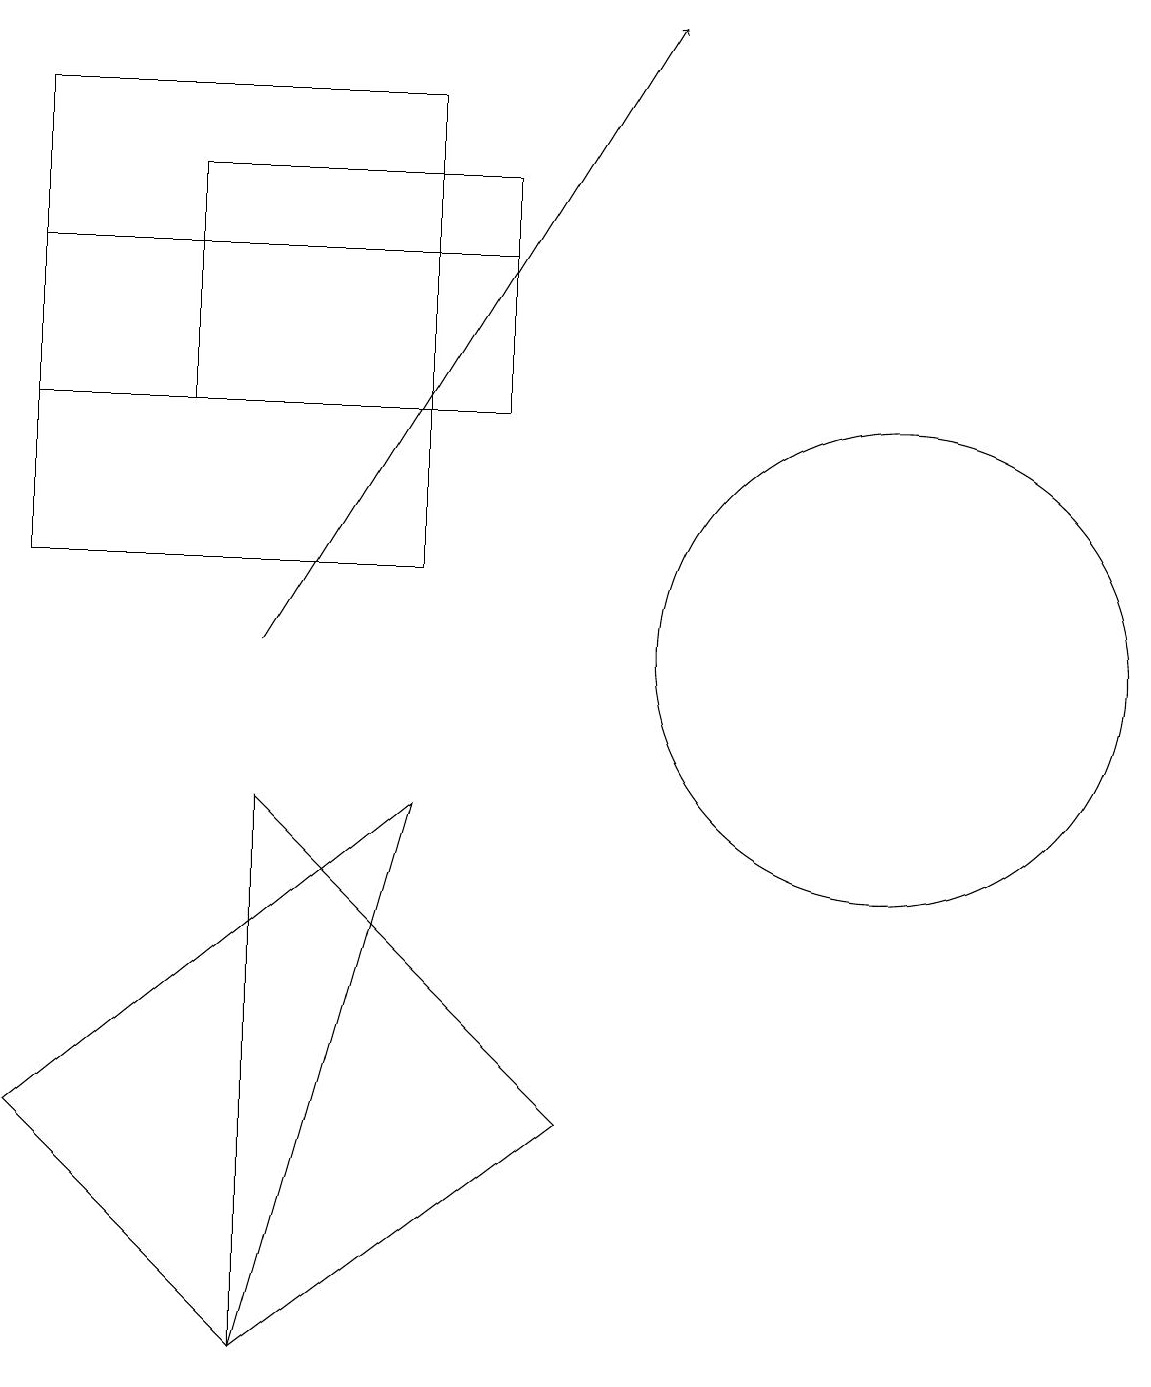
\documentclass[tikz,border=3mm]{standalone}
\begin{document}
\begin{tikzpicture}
\draw (11,10) circle (3);
\draw (5,11) rectangle (0,17);
\draw (2,16) rectangle (6,13);
\draw (5,8) -- (3,1) -- (0,4) -- cycle;
\draw (3,1) -- (7,4) -- (3,8) -- cycle;
\draw[->] (3,10) -- (8,18);
\draw (0,15) rectangle (6,13);
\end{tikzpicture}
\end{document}